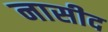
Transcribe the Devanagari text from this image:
नासीद